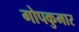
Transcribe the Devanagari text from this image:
गोपकुमार